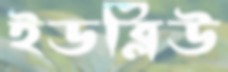
ইডব্লিউ